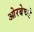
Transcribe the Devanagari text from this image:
ओरबेच्चे